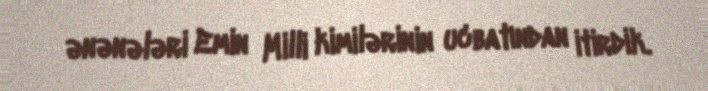
ənənələri Emin Milli kimilərinin ucbatından itirdik.